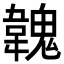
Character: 𩏐